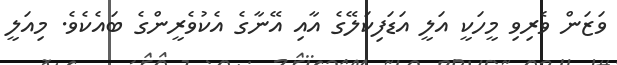
ވަޒަން ވެރިވި މީހަކީ އަލީ އަޑަފިކަލޭގެ އާއި އޭނާގެ އެކުވެރީންގެ ބައެކެވެ. މިއަލީ